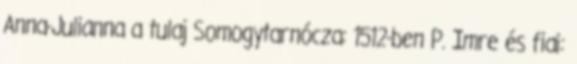
Anna-Julianna a tulaj Somogytarnócza: 1512-ben P. Imre és fiai: